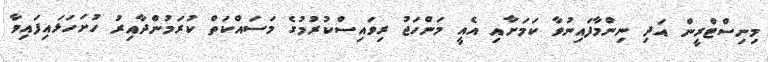
މިނިސްޓްރީން އަދި ނިންމާފައިނުވާ ކަމަށާއި އެއީ މަންހަޖު ރިވައިސްކުރުމުގެ މަސައްކަތް ކުރަމުންދާއިރު ހުށަހަޅައިފައިވާ